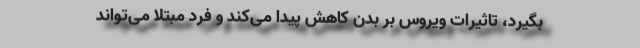
بگیرد، تاثیرات ویروس بر بدن کاهش پیدا می‌کند و فرد مبتلا می‌تواند